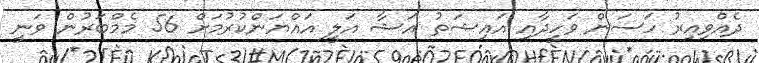
ދެއްވިއިރު ހަސަން ވަހީދާއިި އައިޝަތު އަޝާ އަލީ އައްޔަންކުރުމަށް 56 މެމްބަރުން ވަނީ